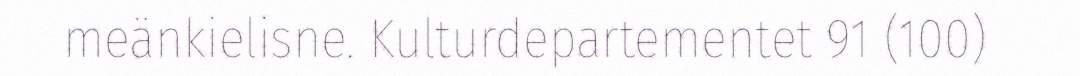
meänkielisne. Kulturdepartementet 91 (100)